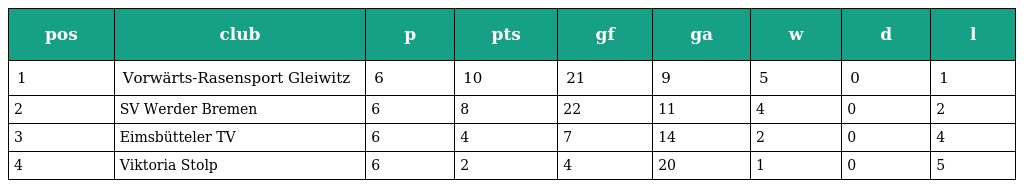
| pos | club | p | pts | gf | ga | w | d | l |
 | --- | --- | --- | --- | --- | --- | --- | --- | --- |
 | 1 | Vorwärts-Rasensport Gleiwitz | 6 | 10 | 21 | 9 | 5 | 0 | 1 |
 | 2 | SV Werder Bremen | 6 | 8 | 22 | 11 | 4 | 0 | 2 |
 | 3 | Eimsbütteler TV | 6 | 4 | 7 | 14 | 2 | 0 | 4 |
 | 4 | Viktoria Stolp | 6 | 2 | 4 | 20 | 1 | 0 | 5 |